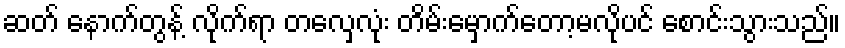
ဆတ် နောက်တွန့် လိုက်ရာ တလှေလုံး တိမ်းမှောက်တော့မလိုပင် စောင်းသွားသည်။